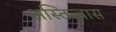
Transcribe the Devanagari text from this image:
अस्तित्वास